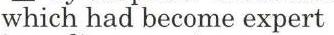
which had become expert